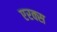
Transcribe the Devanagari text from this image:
एरक्स